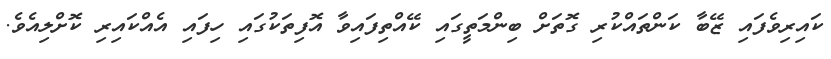
ކައިރިވެފައި ޒޭބާ ކަންތައްކުރި ގޮތަށް ބިންމަތީގައި ކޭއްތިފައިވާ އޮފިތަކުގައި ހިފައި އެއްކައިރި ކޮށްލިއެވެ.